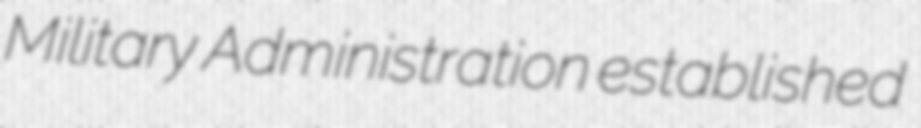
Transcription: Military Administration established